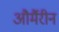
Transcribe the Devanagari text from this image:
और्मैरीन